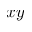
x y